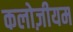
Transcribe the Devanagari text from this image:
कलोज़ीयम